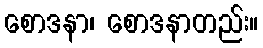
စောဒနာ၊ စောဒနာတည်း။